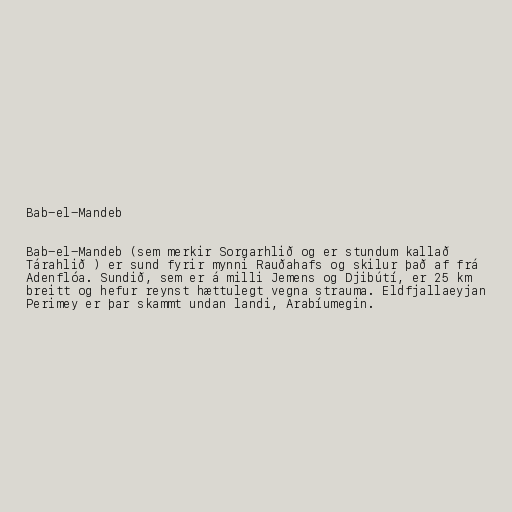
Bab-el-Mandeb

Bab-el-Mandeb (sem merkir Sorgarhlið og er stundum kallað
Tárahlið ) er sund fyrir mynni Rauðahafs og skilur það af frá
Adenflóa. Sundið, sem er á milli Jemens og Djibútí, er 25 km
breitt og hefur reynst hættulegt vegna strauma. Eldfjallaeyjan
Perimey er þar skammt undan landi, Arabíumegin.